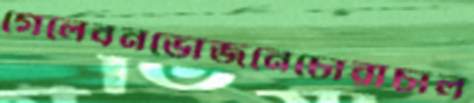
গেলেবনভোজনেচোরাচাল